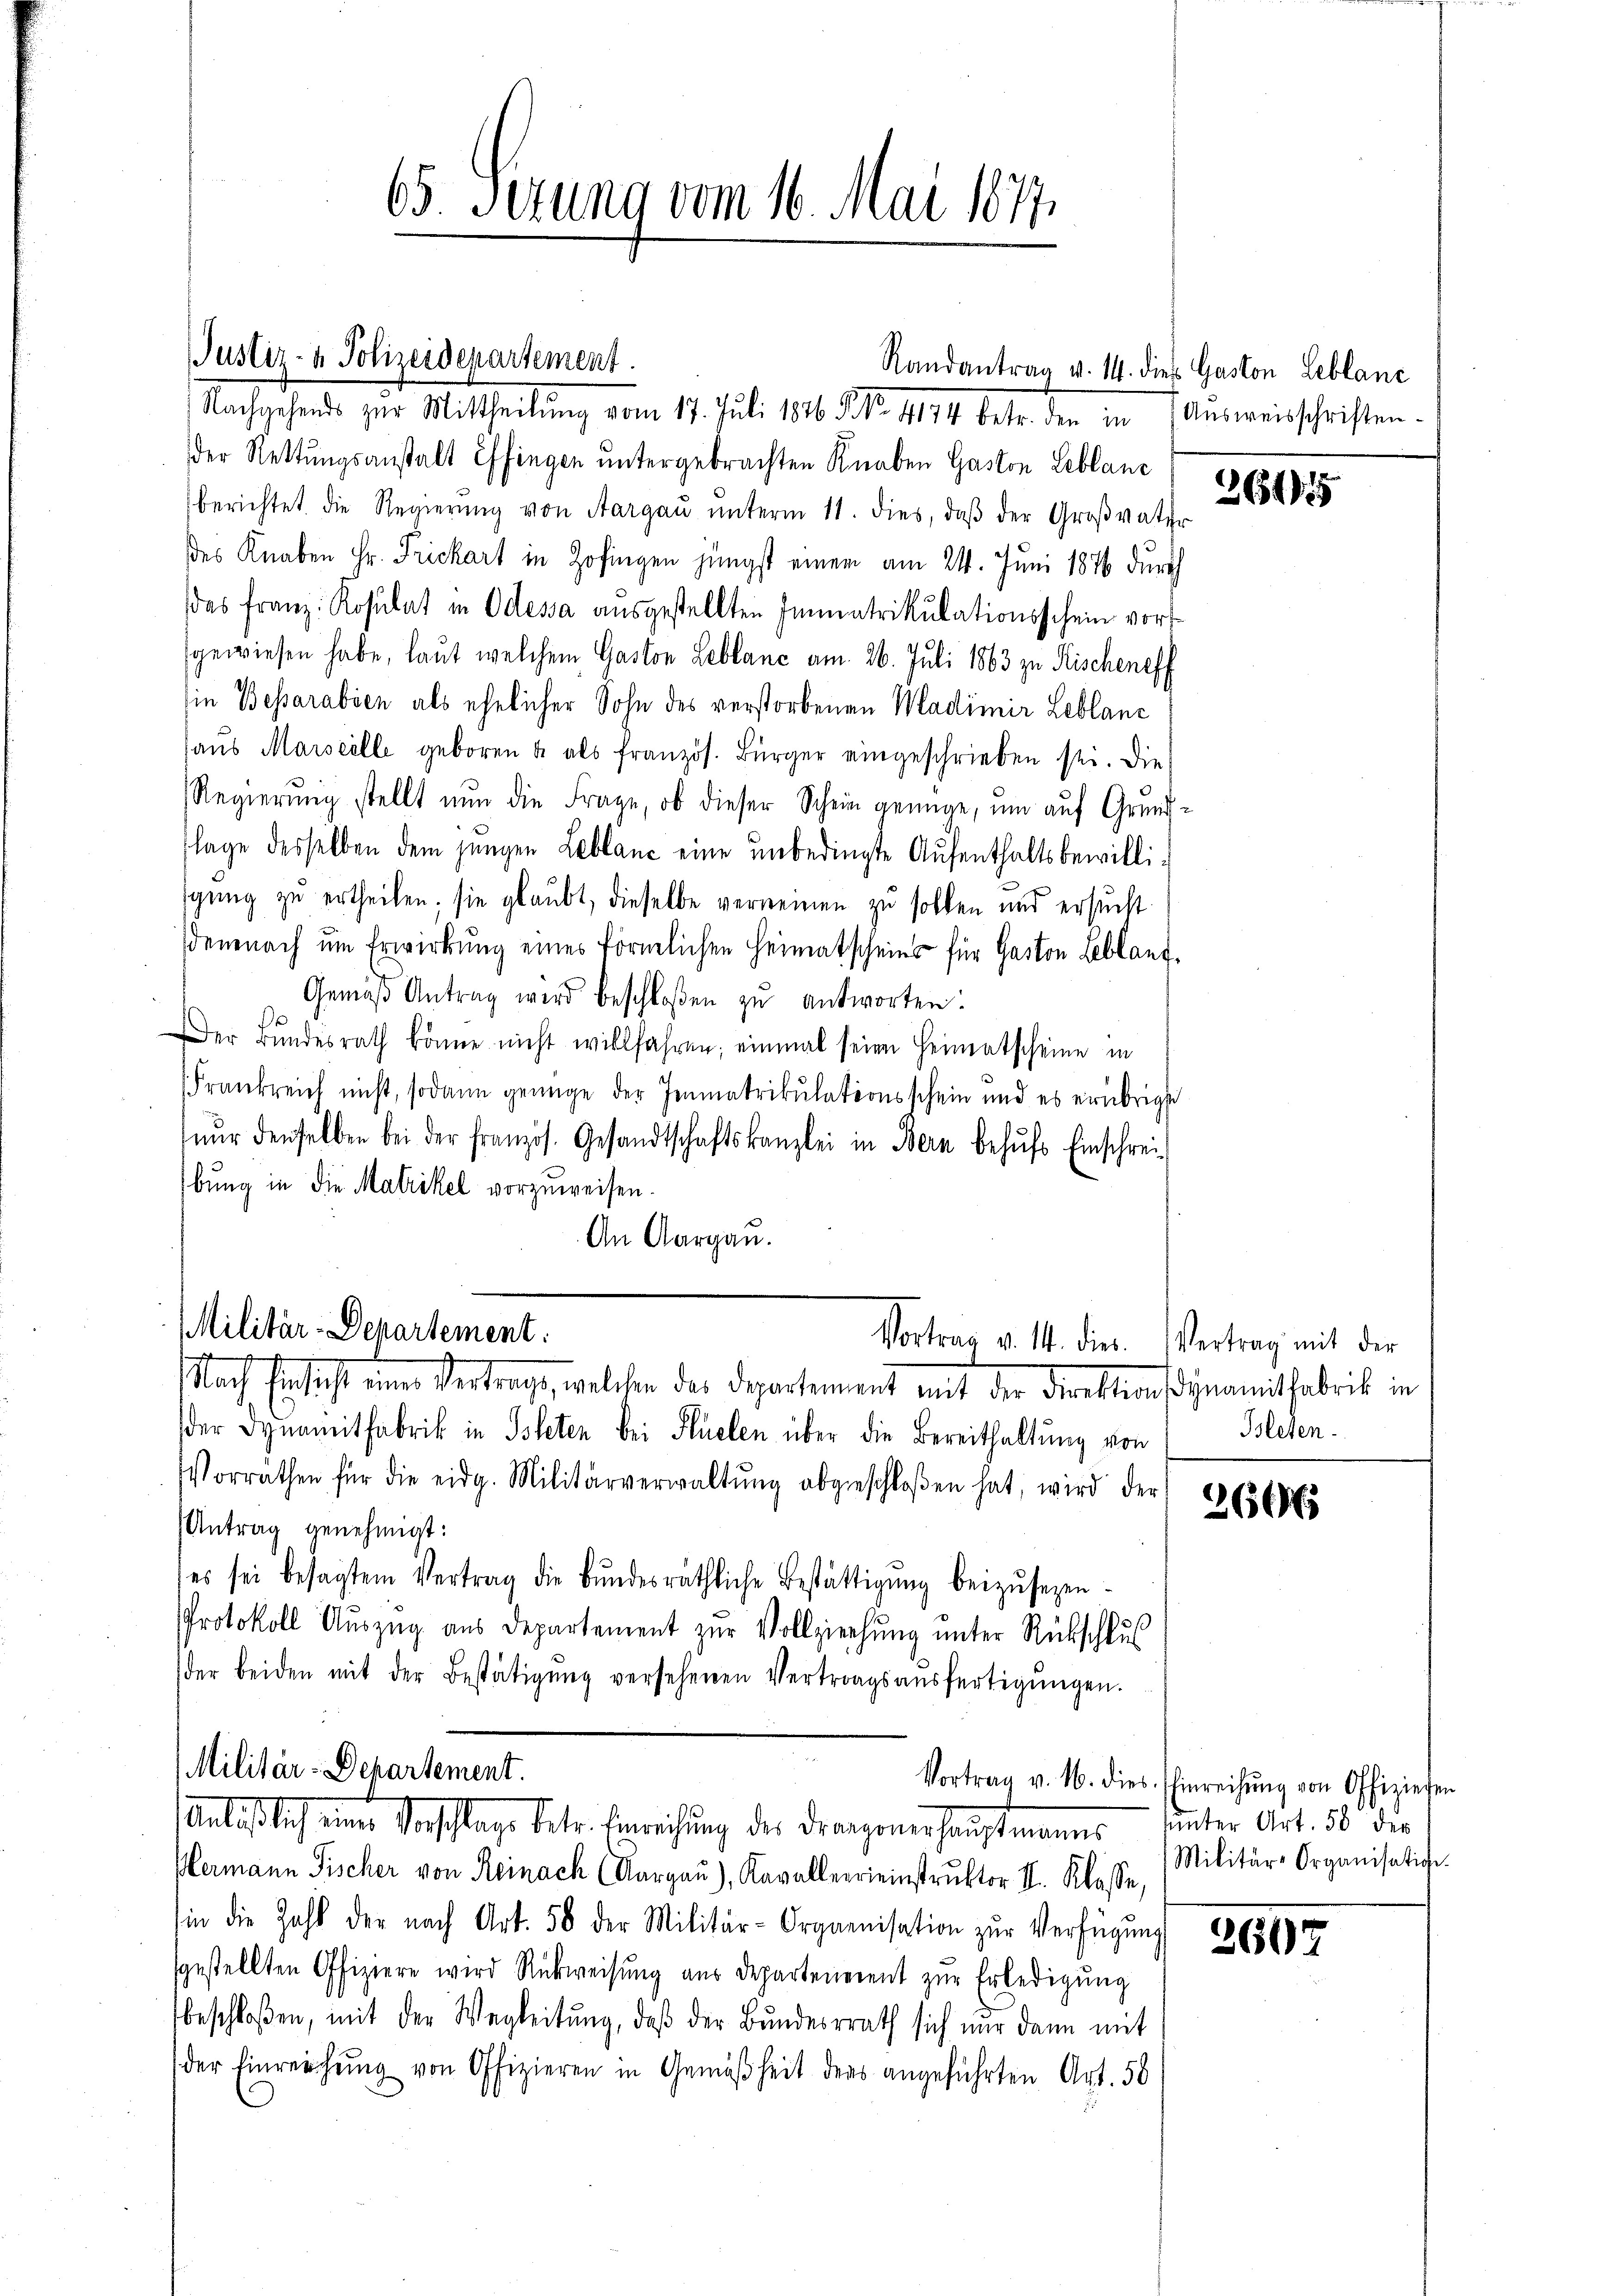
Justiz- & Polizeidepartement.

65. Serung vom 16. Mai 1877.

Randantrag v. 14. dies Gaston Leblanc

Nachgehends zur Mittheilung vom 17. Juli 1846 § No. 4174 betr. den in Ausweisschriften.
der Rettungsanstalt Effingen untergebrachten Knaben Gaston Leblanc
berichtet die Regierŭng von Aargaŭ ŭnterm 11. dies, daβ der Großvater
des Knaben Hr. Frickart in Zofingen jüngst einem am 24. Juni 1876 durch
das Franz: Rosulat in Odessa ausgestellten Immatrikulationsschein vorsgewiesen habe, laut welchem Gaston Leblanc am 26. Juli 1863 zu Fischenoff
sie Bessarabien als ehelicher Sohn des verstorbenen Wadimir Leblanc
haŭs Marseille geboren u. als französ. Bürger eingeschrieben sei. Die
Regierŭng stellt nun die Frage, ob dieser Schein genüge, um auf Grund-
flage desselben dem jungen Leblanc eine ŭnbedingte Aŭfenthaltsbewilliigung zu ertheilen; sie glaubt, dieselbe verneinen zu sollen und ersucht
demnach um Erwirkung eines förmlichen Heimatscheins für Gaston Leblauf
Gemäβ Antrag wird beschloßen zu antworten
Der Bŭndesrath könne nicht willfahren; einmal seien Heimatscheine in
Frankreich nicht, sodann genüge der Immatrikulationsschein und es erübrige
nŭr denselben bei der französ. Gesandtschaftskanzlei in Bern behŭfs Einschreibung in die Matrikel vorzuweisen.
An Aargau.

Militär-Departement:
Vortrag v. M. dies. Vertrag mit der
f

Anläßlich eine Vorschlage betr. Einrichtung der Franzonerhauptmanns unter Art. 50 die

Nach Erschicht eine Vertrage, welchen das Departement mit der Direktionsdynamitfabrik in
der Dyunmitfabrik in Isteten bei Flüelen über die Bereithaltung von Bleten.
Vorräthen für die eidg. Militärverwaltŭng abgeschloßen hat, wird der
Antrag genehmigt:
es sei besagtem Vertrag die Bŭndesräthliche Bestättigŭng beizŭsezen-
Protokoll Aŭszŭg aŭs Departement zŭr Vollziehŭng ŭnter Rückschlus
der beiden mit der Bestätigŭng versehenen Vertragsaŭsfertigŭngen.
Militär-Departement.

Hermann Fischer von Reinach Aargau), Kavallerreinstruktor II. Klasse,
in die Zahl der nach Art. 50 der Militär-Organisation zŭr Verfügŭng
gestellten Offiziere wird Rückweisŭng aus Departenerent zŭr Erledigung
beschloßen, mit der Wegleitung, daß der Bundesrath sich nur dann mit
der Einreichung von Offizieren in Gemäßheit ders angeführten Art. 56

261955

266

Vortrag v. 16. dies. Einreichŭng von Offiziehen
Militär-Organisation.

2607